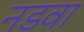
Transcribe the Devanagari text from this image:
नडवा